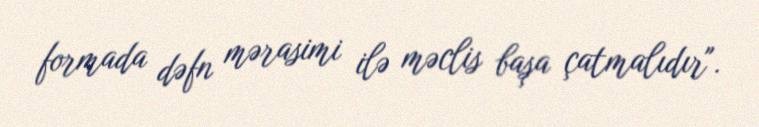
formada dəfn mərasimi ilə məclis başa çatmalıdır".